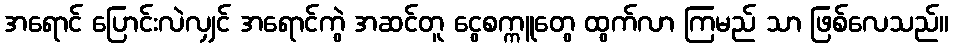
အရောင် ပြောင်းလဲလျှင် အရောင်ကွဲ အဆင်တူ ငွေစက္ကူတွေ ထွက်လာ ကြမည် သာ ဖြစ်လေသည်။